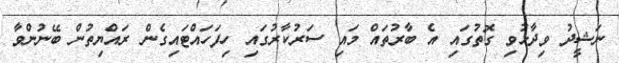
ނަޝީދު ވިދާޅުވި ގޮތުގައި އެ ބާރުތައް މައި ސަރުކާރުގައި ހިފަހައްޓައިގެން ރައްޔިތުން ބޭނުންވާ